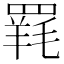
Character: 𮊐